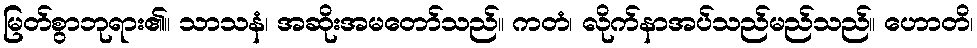
မြတ်စွာဘုရား၏။ သာသနံ၊ အဆိုးအမတော်သည်။ ကတံ၊ လိုက်နာအပ်သည်မည်သည်။ ဟောတိ၊